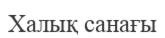
Халық санағы